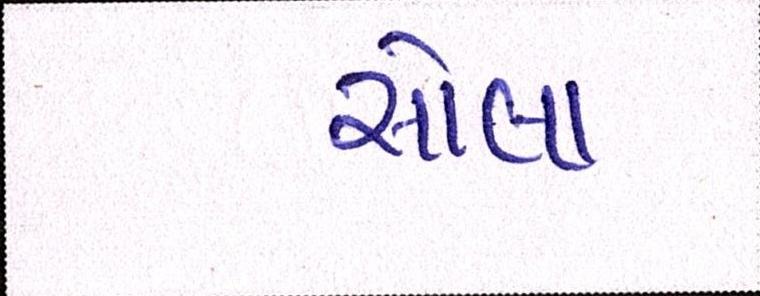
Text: સોલા